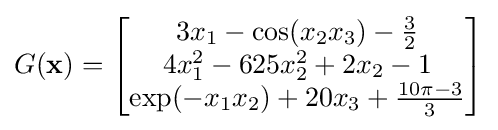
G(\mathbf {x} )={\begin{bmatrix}3x_{1}-\cos(x_{2}x_{3})-{\tfrac {3}{2}}\\4x_{1}^{2}-625x_{2}^{2}+2x_{2}-1\\\exp(-x_{1}x_{2})+20x_{3}+{\tfrac {10\pi -3}{3}}\\\end{bmatrix}}